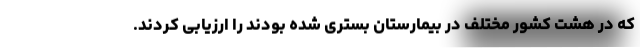
که در هشت کشور مختلف در بیمارستان بستری شده بودند را ارزیابی کردند.